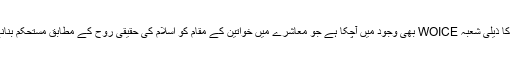
آج منہاج القرآن ویمن لیگ کا ذیلی شعبہ WOICE بھی وجود میں آچکا ہے جو معاشرے میں خواتین کے مقام کو اسلام کی حقیقی روح کے مطابق مستحکم بنانے میں مصروف عمل ہے۔